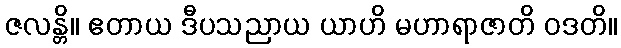
ဇလန္တိ။ ဧတာယ ဒီပသညာယ ယာဟိ မဟာရာဇာတိ ဝဒတိ။